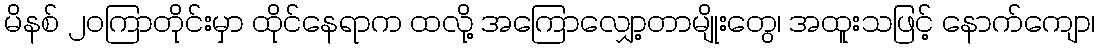
မိနစ် ၂၀ကြာတိုင်းမှာ ထိုင်နေရာက ထလို့ အကြောလျှော့တာမျိုးတွေ၊ အထူးသဖြင့် နောက်ကျော၊